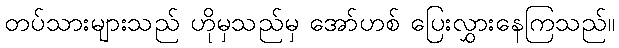
တပ်သားများသည် ဟိုမှသည်မှ အော်ဟစ် ပြေးလွှားနေကြသည်။